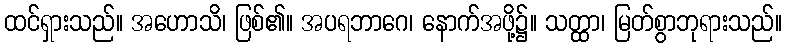
ထင်ရှားသည်။ အဟောသိ၊ ဖြစ်၏။ အပရဘာဂေ၊ နောက်အဖို့၌။ သတ္ထာ၊ မြတ်စွာဘုရားသည်။